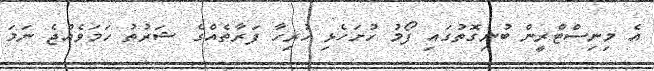
އެ މިނިސްޓްރީން ބުނިގޮތުގައި ފޯމު ހުށަހެޅި ހުރިހާ ފަރާތެއްގެ ޝަރުތު ހަމަވެއްޖެ ނަމަ